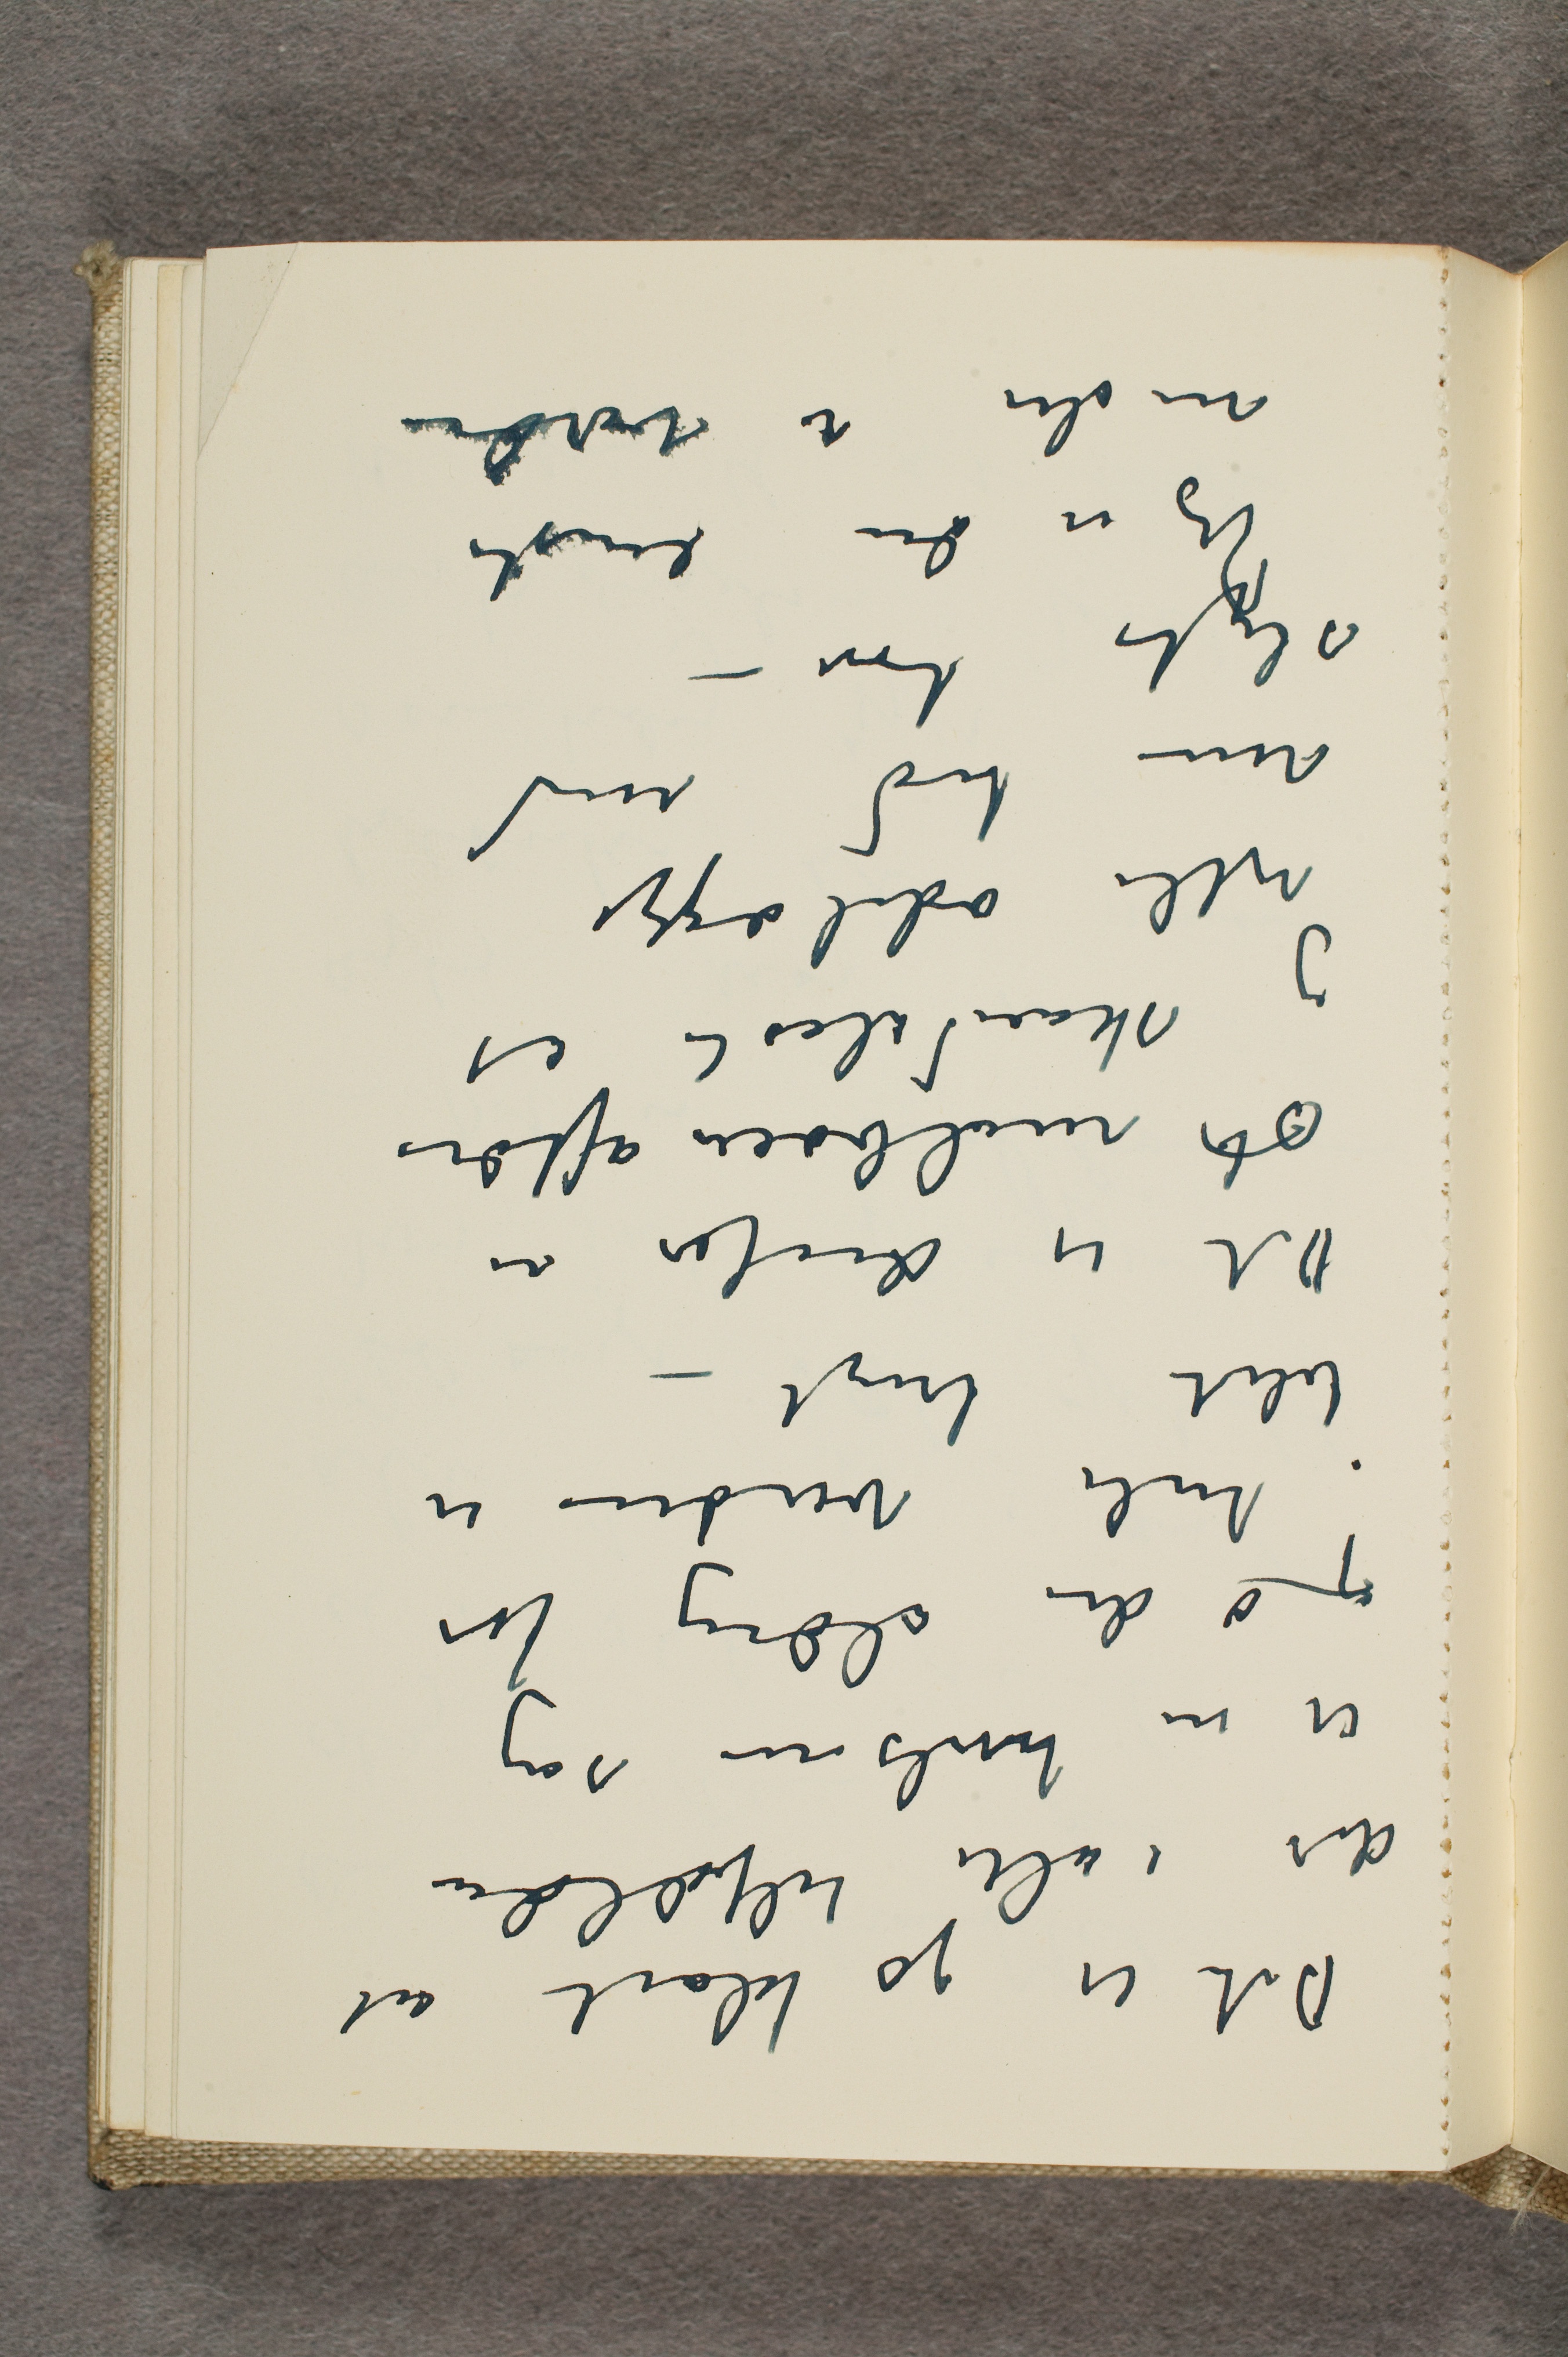
Det er jo klart at
det i alle tilfælder
er en tvilsom sag
og o der aldrig før
i hele verden er
blit brugt -
Det er derfor en
sl molboer affære
og skandaløst at
ville ødelægge
min tid med
sligt tøv -
Jeg er den eneste
maler i verden